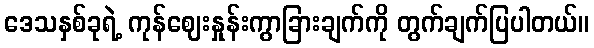
ဒေသနှစ်ခုရဲ့ ကုန်ဈေးနှုန်းကွာခြားချက်ကို တွက်ချက်ပြပါတယ်။